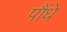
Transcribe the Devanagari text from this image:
पौंधे